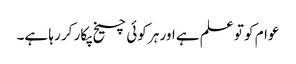
عوام کو تو علم ہے اور ہر کوئی چیخ پکار کر رہا ہے۔